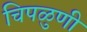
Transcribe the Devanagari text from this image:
चिपळुणी